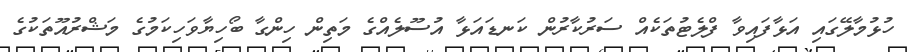
ހުޅުމާލޭގައި އަޅާފައިވާ ފްލެޓުތަކެއް ސަރުކާރުން ކަނޑައަޅާ އުސޫލެއްގެ މަތިން ހިންގާ ބޯހިޔާވަހިކަމުގެ މަޝްރުއޫތަކުގެ